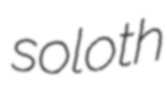
soloth